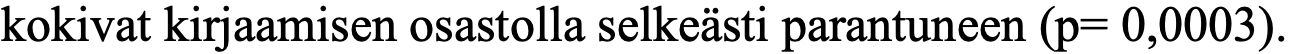
kokivat kirjaamisen osastolla selkeästi parantuneen (p= 0,0003).